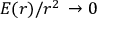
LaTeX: \, E ( r ) / r ^ { 2 } \, \to 0